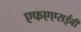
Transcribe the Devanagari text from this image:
एफएएसईबी